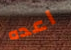
اعده